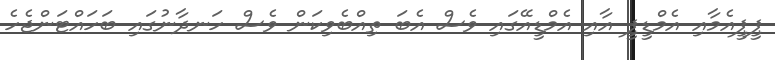
ޕީޕީއެމާއި އެމްޑީޕީ އާއި އެމްޑީއޭގައި ވެސް އެބަ ތިއްބެވިކަން ވެސް ހަނދާނުގައި ބަހައްޓަންޖެހެ